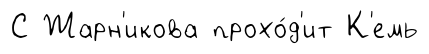
С Жарн'икова прохо́д'ит К'емь